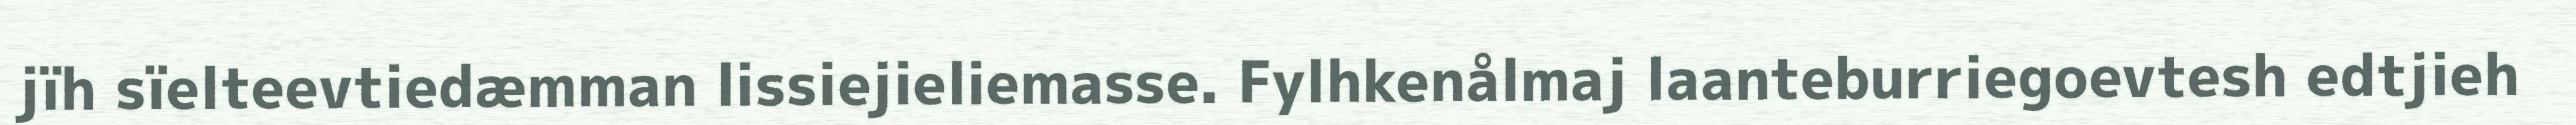
jïh sïelteevtiedæmman lissiejieliemasse. Fylhkenålmaj laanteburriegoevtesh edtjieh